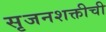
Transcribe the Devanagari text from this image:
सृजनशक्तीची